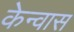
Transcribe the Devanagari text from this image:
केन्वास